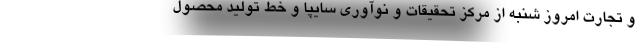
و تجارت امروز شنبه از مرکز تحقیقات و نوآوری سایپا و خط تولید محصول